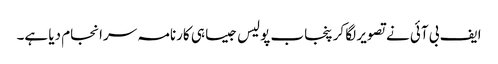
ایف بی آئی نے تصویر لگا کر پنجاب پولیس جیسا ہی کارنامہ سرانجام دیا ہے۔